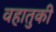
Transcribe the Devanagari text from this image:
वहातुकी